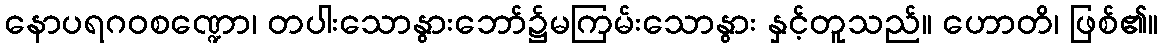
နောပရဂဝစဏ္ဍော၊ တပါးသောနွားဘော်၌မကြမ်းသောနွား နှင့်တူသည်။ ဟောတိ၊ ဖြစ်၏။